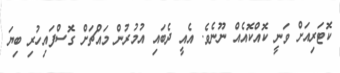
ކޮޓަރިއަށް ވަނީ ކޮއްކޮއެއް ނޫނެވެ. އެއީ ދެބައި އުމުރުން މައްޗަށް ގޮސްފައިހުރި ބިޔަ